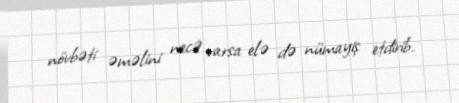
növbəti əməlini necə varsa elə də nümayiş etdirib.